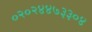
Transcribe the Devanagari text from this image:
०२०२४४७३३०४